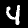
Digit: 4